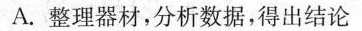
A.整理器材，分析数据，得出结论